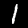
Label: 1